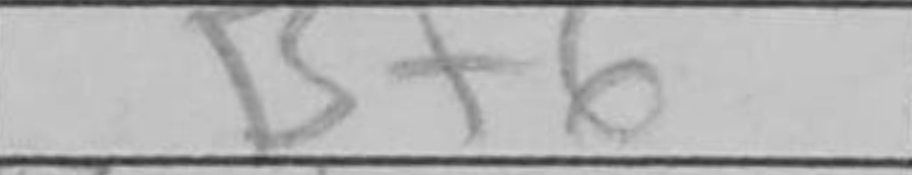
Transcription: Bf6